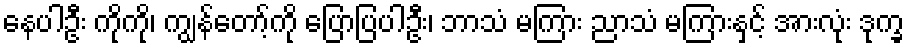
နေပါဦး ကိုကို၊ ကျွန်တော့်ကို ပြောပြပါဦး၊ ဘာသံ မကြား ညာသံ မကြားနှင့် အားလုံး ဒုက္ခ